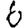
Digit: 6